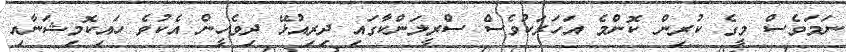
ނަމަވެސް މީގެ ކުރިން ކޮންމެ އަހަރަކުވެސް ސްރީލަންކާގައި ދިރިއުޅޭ ދިވެހީން އެކުވެ ހައިކޮމިޝަނާއި